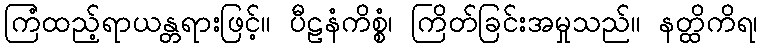
ကြံထည့်ရာယန္တရားဖြင့်။ ပီဠနံကိစ္စံ၊ ကြိတ်ခြင်းအမှုသည်။ နတ္ထိကိရ၊